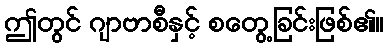
ဤတွင် ဂျာဗာစီနှင့် စတွေ့ခြင်းဖြစ်၏။